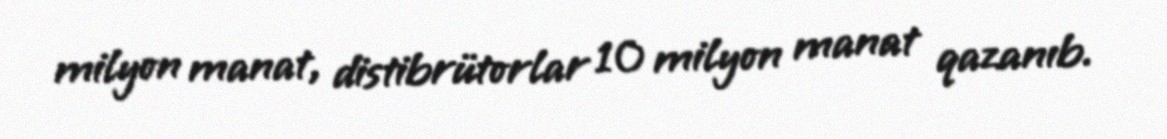
milyon manat, distibrütorlar 10 milyon manat qazanıb.